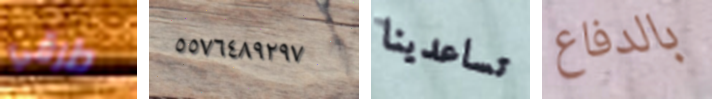
طرقي ٥٥٧٦٤٨٩٢٩٧ تساعدينا بالدفاع